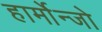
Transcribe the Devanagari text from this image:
हार्मोन्जो